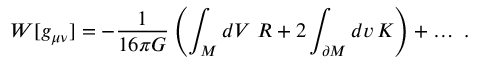
W [ g _ { \mu \nu } ] = - { \frac { 1 } { 1 6 \pi G } } \left( \int _ { \cal M } d V \, \, R + 2 \int _ { \partial { \cal M } } d v \, K \right) + \ldots \, \, .